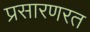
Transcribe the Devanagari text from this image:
प्रसारणरत